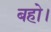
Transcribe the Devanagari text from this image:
बहो।